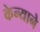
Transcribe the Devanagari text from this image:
केन्याने